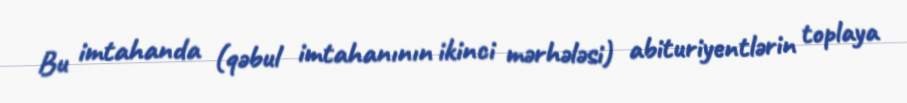
Bu imtahanda (qəbul imtahanının ikinci mərhələsi) abituriyentlərin toplaya